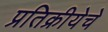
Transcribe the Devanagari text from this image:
प्रतिक्रीयेचे